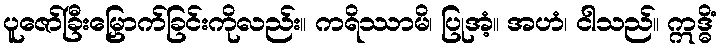
ပူဇော်ခြီးမြှောက်ခြင်းကိုလည်း။ ကရိဿာမိ၊ ပြုအံ့။ အဟံ၊ ငါသည်။ ဣဒ္ဓိံ